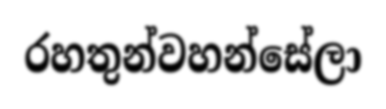
රහතුන්වහන්සේලා